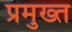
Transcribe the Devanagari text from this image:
प्रमुख्त